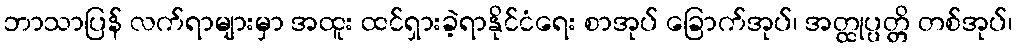
ဘာသာပြန် လက်ရာများမှာ အထူး ထင်ရှားခဲ့ရာနိုင်ငံရေး စာအုပ် ခြောက်အုပ်၊ အတ္ထုပ္ပတ္တိ တစ်အုပ်၊